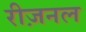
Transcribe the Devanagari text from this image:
रीज़नल